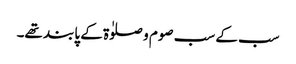
سب کے سب صوم و صلوٰۃ کے پابند تھے۔